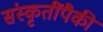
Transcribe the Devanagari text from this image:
संस्कृतींपैकी